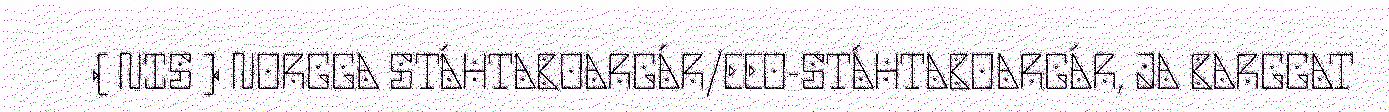
( NIS ) NORGGA STÁHTABOARGÁR/EEO-STÁHTABOARGÁR, JA BARGGAT